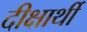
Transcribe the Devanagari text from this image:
दीक्षार्थी